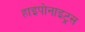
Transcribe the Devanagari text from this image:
हाइपोनाइट्रस